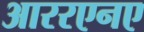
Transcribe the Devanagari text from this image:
आररएनए